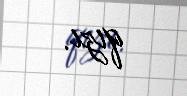
qızı.